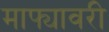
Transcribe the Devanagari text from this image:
माझ्यावरी